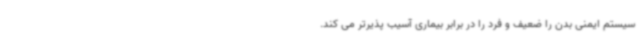
سیستم ایمنی بدن را ضعیف و فرد را در برابر بیماری آسیب پذیرتر می کند.